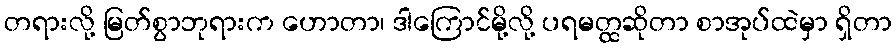
တရားလို့ မြတ်စွာဘုရားက ဟောတာ၊ ဒါကြောင်မို့လို့ ပရမတ္ထဆိုတာ စာအုပ်ထဲမှာ ရှိတာ